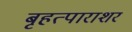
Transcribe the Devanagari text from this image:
बृहत्पाराशर